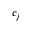
c _ { j }